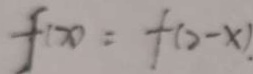
f ( x ) = f ( 2 - x )